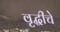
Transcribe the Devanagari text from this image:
वृद्धीचे